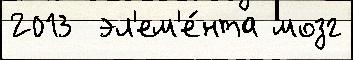
2013  эл'ем'е́нта мозг